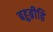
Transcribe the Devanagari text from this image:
बहुब्रीहि